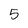
Character: 5